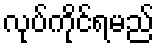
လုပ်ကိုင်ရမည်